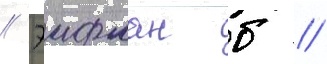
// Эифман б //